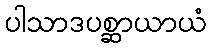
ပါသာဒပစ္ဆာယာယံ